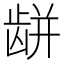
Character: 𪚏